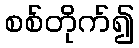
စစ်တိုက်၍